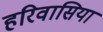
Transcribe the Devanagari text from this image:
हरिवासिया